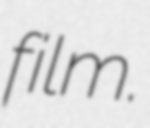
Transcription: film.